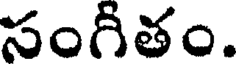
సంగీతం.